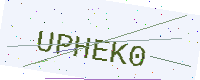
Text: UPHEK0